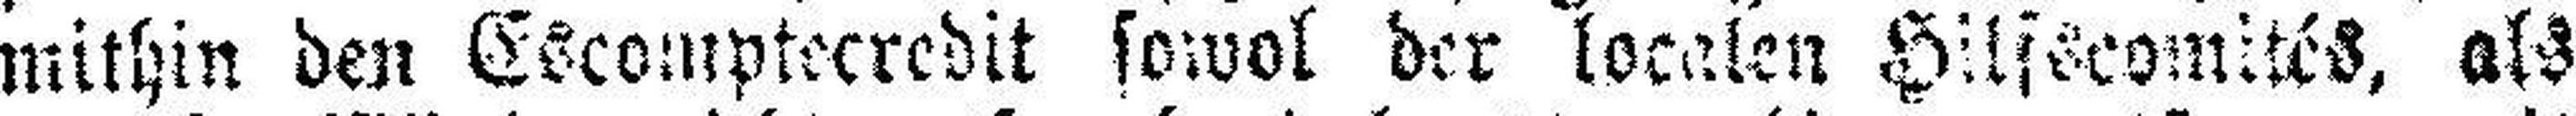
mithin den Escomptecredit sowol der localen Hilfscomités, als